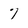
Character: 7